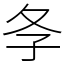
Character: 𡕕